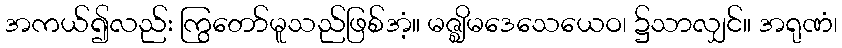
အကယ်၍လည်း ကြွတော်မူသည်ဖြစ်အံ့။ မဇ္ဈိမဒေသေယေဝ၊ ၌သာလျှင်။ အရုဏံ၊